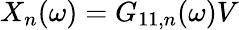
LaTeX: X_{n}(\omega)=G_{11,n}(\omega)V